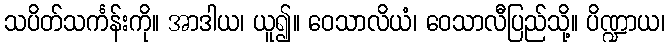
သပိတ်သင်္ကန်းကို။ အာဒါယ၊ ယူ၍။ ဝေသာလိယံ၊ ဝေသာလီပြည်သို့။ ပိဏ္ဍာယ၊